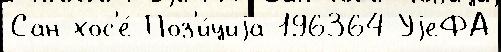
Сан-хос'е́ Поз'и́циjа 196364 УjеФА